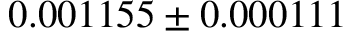
0 . 0 0 1 1 5 5 \pm 0 . 0 0 0 1 1 1